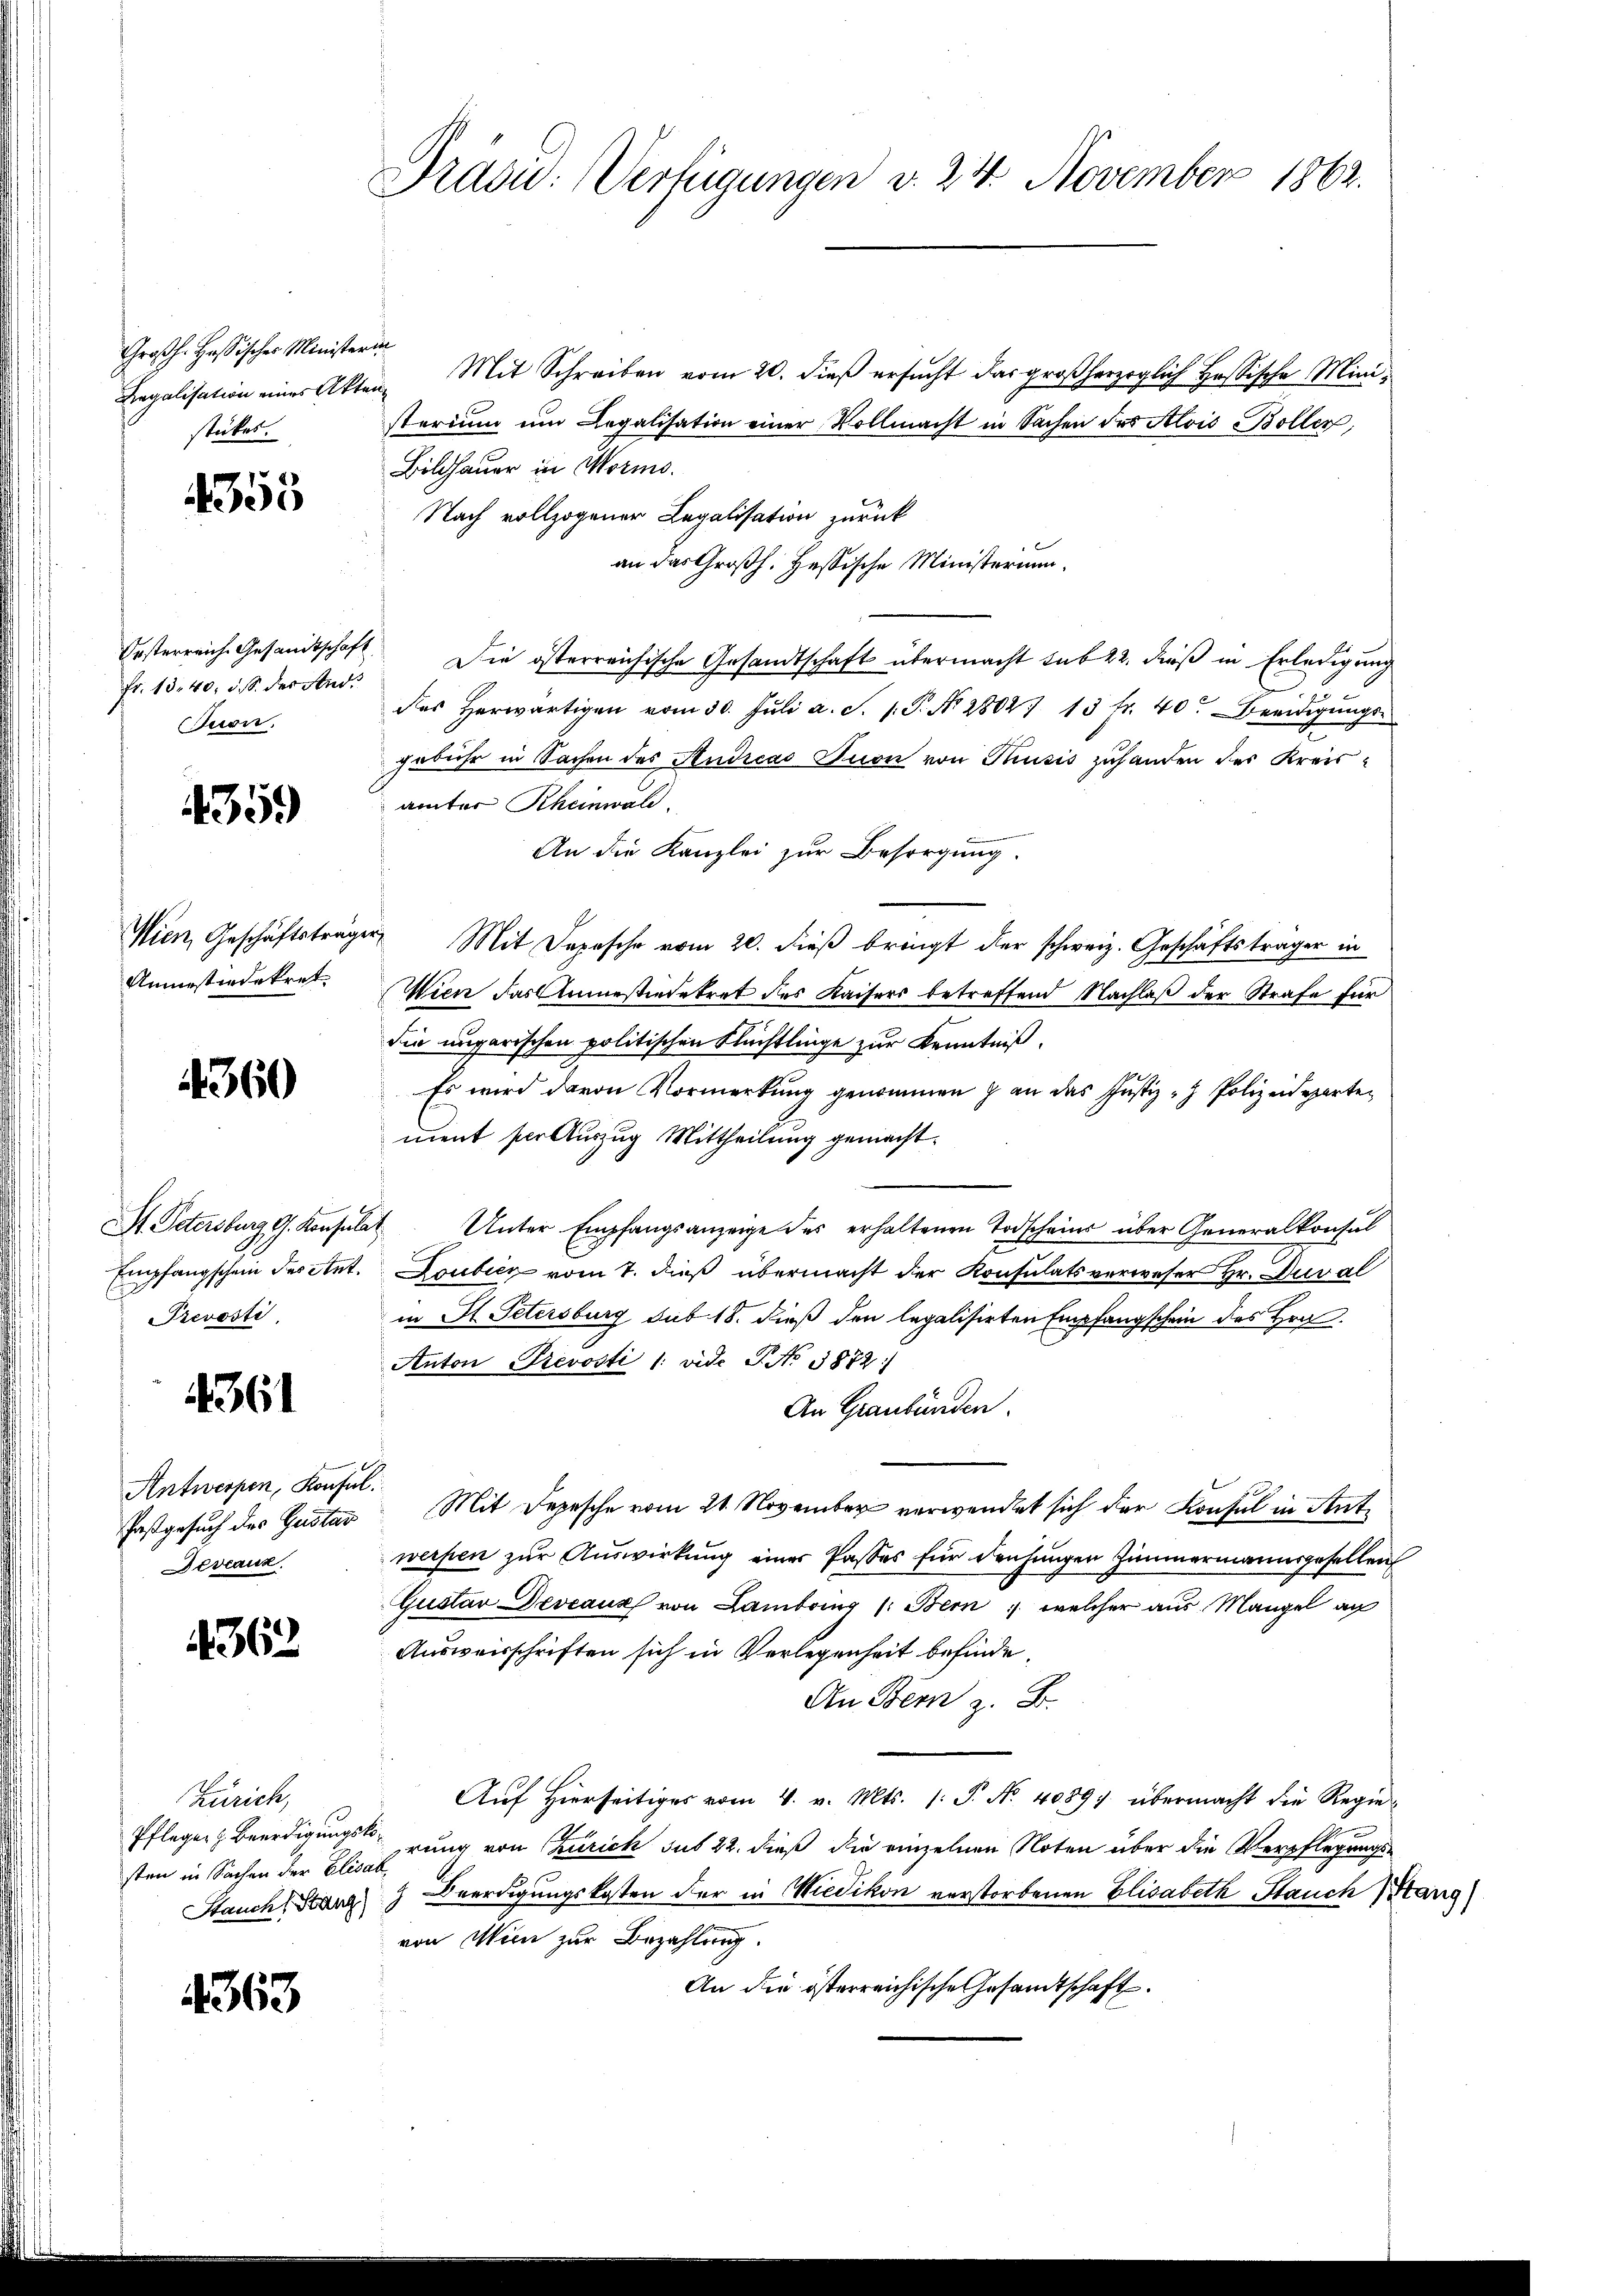
Großh. Hassisches Ministerin
Regalisation eines Akten
stückes.

4353

Fr. 1340, d. S. des And
uon.

435.

Wien, Geschäftsträg
Anmessiedekret

360

Prevosti
4361
Antwerpen, Konfe
Deveaux.

4362

Zürich,
Pflegen Beerdigung
sten in Sachen der Elis.
Stauch Stanz

1363

Präsid. Verfügungen v. 24. November 1862.

Mit Schreiben vom 20. dieß ersucht das großherzoglich Hassische Ministerium um Legalisation einer Vollmacht in Sachen des Alois Boller,
Bildhauer in Worms.
Nach vollzogener Legalisation zurück
an das Großh. Hessische Ministerium.
Oesterreich Gesandtschaft. Die österreichische Gesandtschaft übermacht sub 22. dieß in Erledigung
des herwärtigen vom 30. Jŭli a. S. 1. P. No. 28027 13 fr. 40. Beeidigŭngs-
gebühr in Sachen des Andreas Anon von Thusis zuhanden des Kreisamnter Rheinwald.
An die Kanzlei zur Besorgung.
er Mit Depesche vom 20. dieß bringt der schweiz. Geschäftsträger in
Wien das Ammestierekret des Kaisers betreffend Nachlaß der Strafe für
die ungarischen politischen Flüchtlinge zur Kenntniß.
Es wird davon Vormerkung genommen & an das Justiz - Polizei wartement per Auszug Mittheilung gemacht.
I. Petersburg G. Konsulat Unter Empfangsanzeige des erhaltenen Todscheins über Generalkonsul
Empfangschein des Ant. Loubicz vom 7. dieß übermacht der Konsulats verweser Hr. Duval
in St. Petersburg sub 18. dieß den legalisirten Empfangschein des Hrn.
Anton Prevosti 1: vide G. No. 1872
An Graubünden.
Fastgesuch des Gustav Mit Depesche vom 21. November verwendet sich der Konsul in Antwerfen zur Auswirkung einer Passes für denhangen Zimmermannsgesellen
Gustav Deveaux von Lambring (: Bern, welcher aus Mangel au
Ausweisschriften sich in Verlegenheit befinde.
An Bern z. B.
Aŭf Hierseitiges vom 4. v. Mts. 1. P. Nr. 40891 übermacht die Regie
5terung von Zürich sub 22. dieß die einzelnen Noten über die Verpflegungsgat
 Beerdigungskosten der in Wiedikon verstorbenen Elisabeth Stauch Stang)
von Mein zur Bezahlung.
An die österreichische Gesandtschaft.